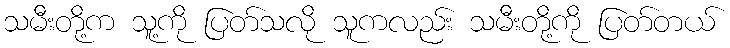
သမီးတို့က သူ့ကို ပြတ်သလို သူကလည်း သမီးတို့ကို ပြတ်တယ်